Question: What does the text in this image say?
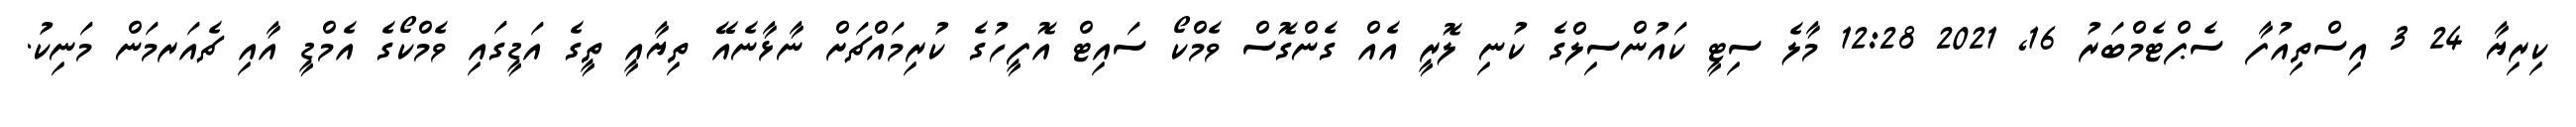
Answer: ކިރިޔާ 24 3 އިސްތިއުފާ ސެޕްޓެމްބަރު 16, 2021 12:28 މާލެ ސިޓީ ކައުންސިލްގެ ކުނި ލޮރީ އެއް ގެންގޮސް ވެމްކޯ ސައިޓް އޮފީހުގެ ކުރިމައްޗަށް ނާޅާނެއޭ ތިޔާއީ ތީގެ އަޑީގައި ވެމްކޯގެ އެމްޑީ އާއި ޗެއަރމަން މަނިކު.